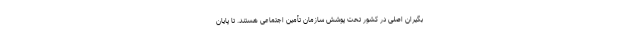
بگیران اصلی در کشور تحت پوشش سازمان تأمین اجتماعی هستند. تا پایان